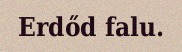
Erdőd falu.